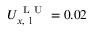
U _ { x , \mathrm { ~ l ~ } } ^ { \mathrm { ~ L ~ U ~ } } = 0 . 0 2